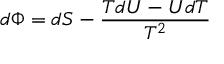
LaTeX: d \Phi = d S - { \frac { T d U - U d T } { T ^ { 2 } } }